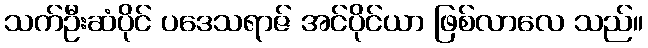
သက်ဦးဆံပိုင် ပဒေသရာဇ် အင်ပိုင်ယာ ဖြစ်လာလေ သည်။